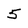
Character: 5